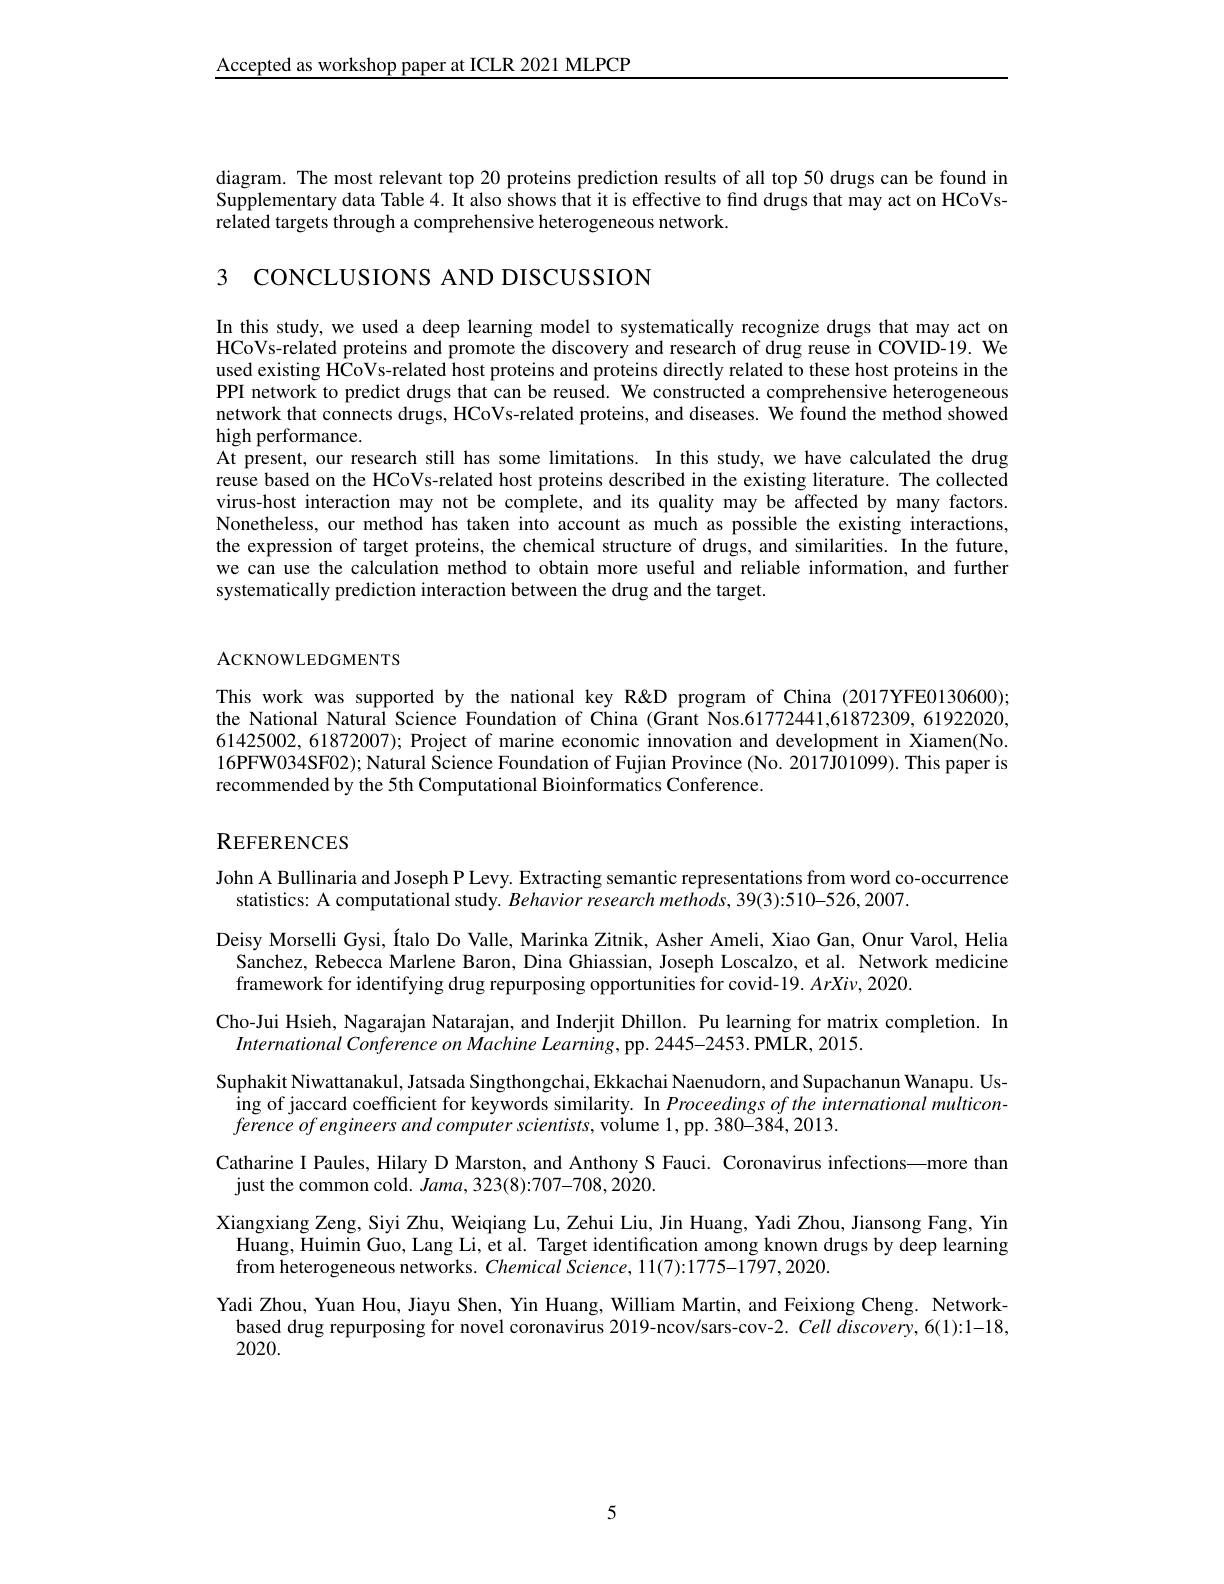
Accepted as workshop paper at ICLR 2021 MLPCP

diagram. The most relevant top 20 proteins prediction results of all top 50 drugs can be found in Supplementary data Table 4. It also shows that it is effective to find drugs that may act on HCoVsrelated targets through a comprehensive heterogeneous network.

3 CONCLUSIONS AND DISCUSSION

In this study, we used a deep learning model to systematically recognize drugs that may act on HCoVs-related proteins and promote the discovery and research of drug reuse in COVID-19. We used existing HCoVs-related host proteins and proteins directly related to these host proteins in the PPI network to predict drugs that can be reused. We constructed a comprehensive heterogeneous network that connects drugs, HCoVs-related proteins, and diseases. We found the method showed high performance.
At present, our research still has some limitations. In this study, we have calculated the drug reuse based on the HCoVs-related host proteins described in the existing literature. The collected virus-host interaction may not be complete, and its quality may be affected by many factors. Nonetheless, our method has taken into account as much as possible the existing interactions, the expression of target proteins, the chemical structure of drugs, and similarities. In the future, we can use the calculation method to obtain more useful and reliable information, and further systematically prediction interaction between the drug and the target.

ACKNOWLEDGMENTS

This work was supported by the national key R&D program of China (2017YFE0130600); the National Natural Science Foundation of China (Grant Nos.61772441,61872309,61922020, 61425002,61872007); Project of marine economic innovation and development in Xiamen(No. 16PFW034SF02); Natural Science Foundation of Fujian Province (No. 2017J01099). This paper is recommended by the 5th Computational Bioinformatics Conference.

$\mathbf{R}_{\mathrm{EFERENCES}}$

John A Bullinaria and Joseph P Levy. Extracting semantic representations from word co-occurrence
statistics: A computational study. Behavior research methods, 39(3):510-526,2007.
Deisy Morselli Gysi, Ítalo Do Valle, Marinka Zitnik, Asher Ameli, Xiao Gan, Onur Varol, Helia
Sanchez, Rebecca Marlene Baron, Dina Ghiassian, Joseph Loscalzo, et al. Network medicine
framework for identifying drug repurposing opportunities for covid-19. ArXiv, 2020.
Cho-Jui Hsieh, Nagarajan Natarajan, and Inderjit Dhillon. Pu learning for matrix completion. In
International Conference on Machine Learning, pp. 2445-2453. PMLR, 2015.
Suphakit Niwattanakul, Jatsada Singthongchai, Ekkachai Naenudorn, and Supachanun Wanapu. Using of jaccard coefficient for keywords similarity. In Proceedings of the international multicon- $ference of engineers and computer scientists, $volume 1, pp. 380- 384, 2013.
Catharine I Paules, Hilary D Marston, and Anthony S Fauci. Coronavirus infections—more than
just the common cold. Jama, 323(8):707-708, 2020.
Xiangxiang Zeng, Siyi Zhu, Weiqiang Lu, Zehui Liu, Jin Huang, Yadi Zhou, Jiansong Fang, Yin Huang, Huimin Guo, Lang Li, et al. Target identification among known drugs by deep learning from heterogeneous networks. Chemical Science, 11(7):1775-1797,2020.
Yadi Zhou, Yuan Hou, Jiayu Shen, Yin Huang, William Martin, and Feixiong Cheng. Networkbased drug repurposing for novel coronavirus 2019-ncov/sars-cov-2. Cell discovery, 6(1):1-18, 2020.

5